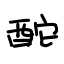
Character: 酡